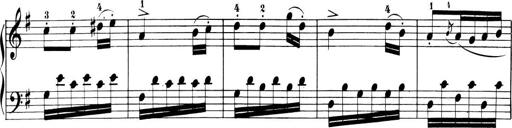
Title: 6 Piano Sonatinas
Composer: Cornelius Gurlitt